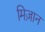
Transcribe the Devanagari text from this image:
मिज़ान